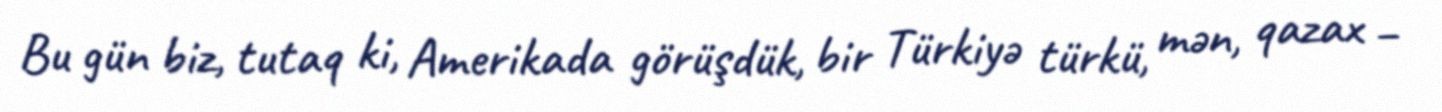
Bu gün biz, tutaq ki, Amerikada görüşdük, bir Türkiyə türkü, mən, qazax –